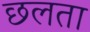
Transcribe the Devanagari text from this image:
छलता